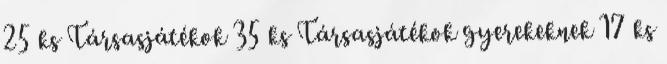
25 ks Társasjátékok 35 ks Társasjátékok gyerekeknek 17 ks